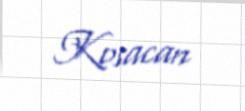
Kosacan